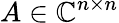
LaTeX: A\in\mathbb{C}^{n\times n}